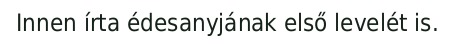
Innen írta édesanyjának első levelét is.